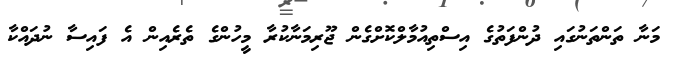
މަނާ ތަންތަނުގައި ދުންފަތުގެ އިސްތިއުމާލްކޮށްގެން ޖޫރިމަނާކުރާ މީހުންގެ ތެރެއިން އެ ފައިސާ ނުދައްކާ